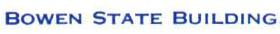
BOWEN STATE BUILDING